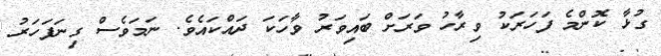
ގުޅާ ކޮންމެ ފަހަރަކު ވިރާހު ވަރަށް ބައިވަރު ވާހަކަ ދައްކައެވެ. ނަމަވެސް ގިނަފަހަރު